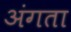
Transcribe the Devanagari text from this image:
अंगता